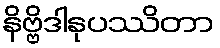
နိဗ္ဗိဒါနုပဿိတာ